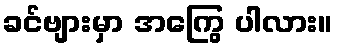
ခင်ဗျားမှာ အကြွေ ပါလား။